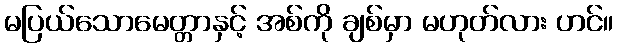
မပြယ်သောမေတ္တာနှင့် အစ်ကို ချစ်မှာ မဟုတ်လား ဟင်။